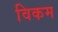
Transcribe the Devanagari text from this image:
विकम